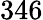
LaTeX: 346